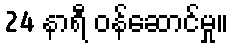
24 နာရီ ဝန်ဆောင်မှု။